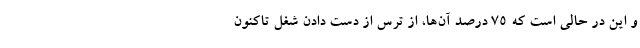
و این در حالی است که ۷۵ درصد آن‌ها، از ترس از دست‌ دادن شغل تاکنون